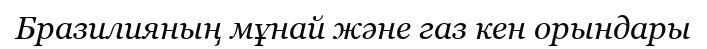
Бразилияның мұнай және газ кен орындары